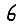
Digit: 6